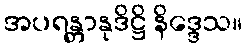
အပရန္တာနုဒိဋ္ဌိ နိဒ္ဒေသ။